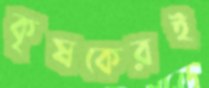
কৃষকেরই